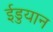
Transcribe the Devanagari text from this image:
ईडुयान